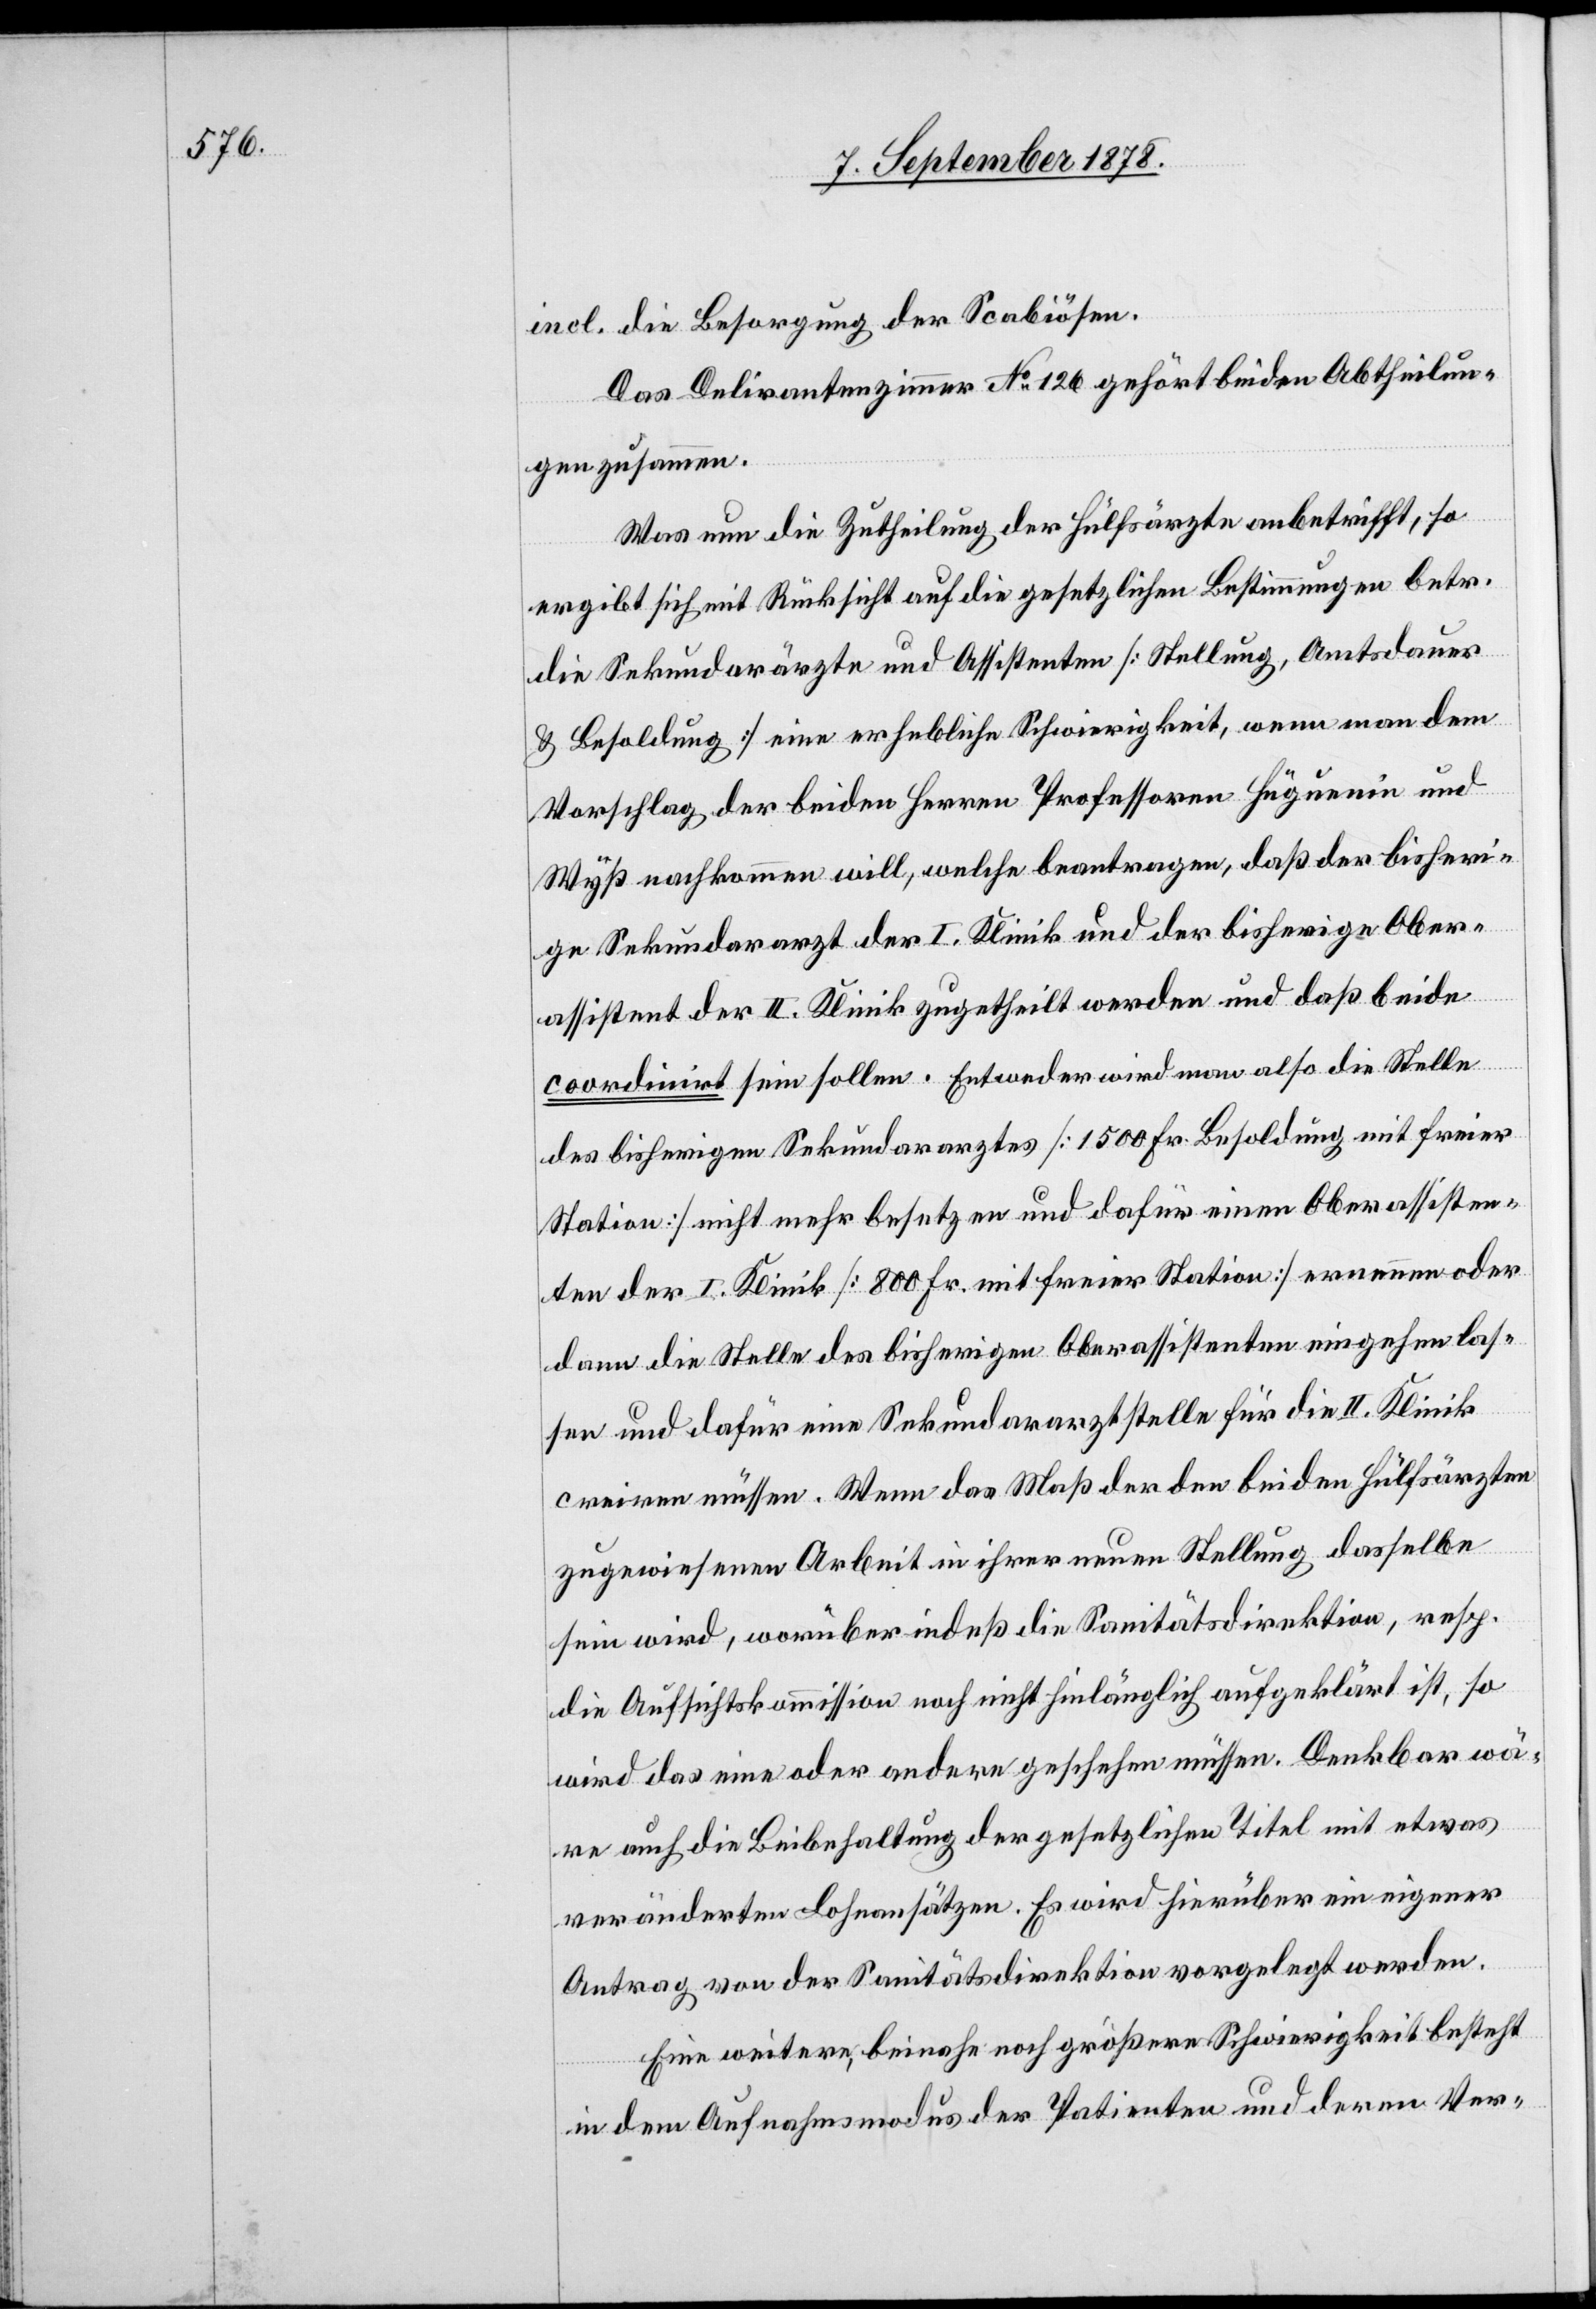
incl. die Besorgung der Scabiösen.
Das Delirantenzimmer No 126 gehört beiden Abtheilun¬
gen zusammen.
Was nun die Zutheilung der Hülfsärzte anbetrifft, so
ergibt sich mit Rücksicht auf die gesetzlichen Bestimmungen betr.
die Sekundarärzte und Assistenten [Stellung, Amtsdauer
& Besoldung] eine erhebliche Schwierigkeit, wenn man dem
Vorschlag der beiden Herren Professoren Hüguenin und
Wyß nachkommen will, welche beantragen, daß der bisheri¬
ge Sekundararzt der I. Klinik und der bisherige Ober¬
assistent der II. Klinik zugetheilt werden und daß beide
coordinirt sein sollen. Entweder wird man also die Stelle
des bisherigen Sekundararztes [1500 Fr. Besoldung mit freier
Station] nicht mehr besetzen und dafür einen Oberassisten¬
ten der I. Klinik [800 Fr. mit freier Station] ernennen oder
dann die Stelle des bisherigen Oberassistenten eingehen las¬
sen und dafür eine Sekundararztstelle für die II. Klinik
creiren müssen. Wenn das Maß der den beiden Hülfsärzten
zugewiesenen Arbeiten in ihrer neuen Stellung dasselbe
sein wird, worüber indeß die Sanitätsdirektion, resp.
die Aufsichtskommission noch nicht hinlänglich aufgeklärt ist, so
wird das eine oder andere geschehen müssen. Denkbar wä¬
re auch die Beibehaltung der gesetzlichen Titel mit etwas
veränderten Lohnansätzen. Es wird hierüber ein eigener
Antrag von der Sanitätsdirektion vorgelegt werden.
Eine weitere, beinahe noch größere Schwierigkeit besteht
in dem Aufnahmsmodus der Patienten und deren Ver-